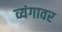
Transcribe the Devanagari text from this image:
व्यंगावर